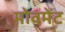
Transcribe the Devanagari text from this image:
मोवमेंट